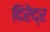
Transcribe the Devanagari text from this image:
दिरेंद्र